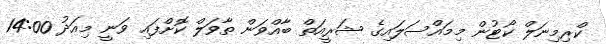
ކްރިމިނަލް ކޯޓުން މިމައްސަލައިގެ ޝަރީއަތް ބާއްވަން ތާވަލް ކޮށްފައި ވަނީ މިއަދު 14:00